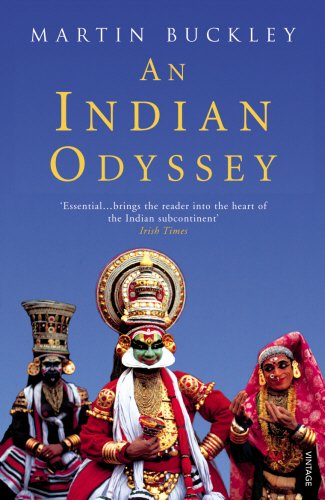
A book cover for An Indian Odyssey; Martin Buckley; Travel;